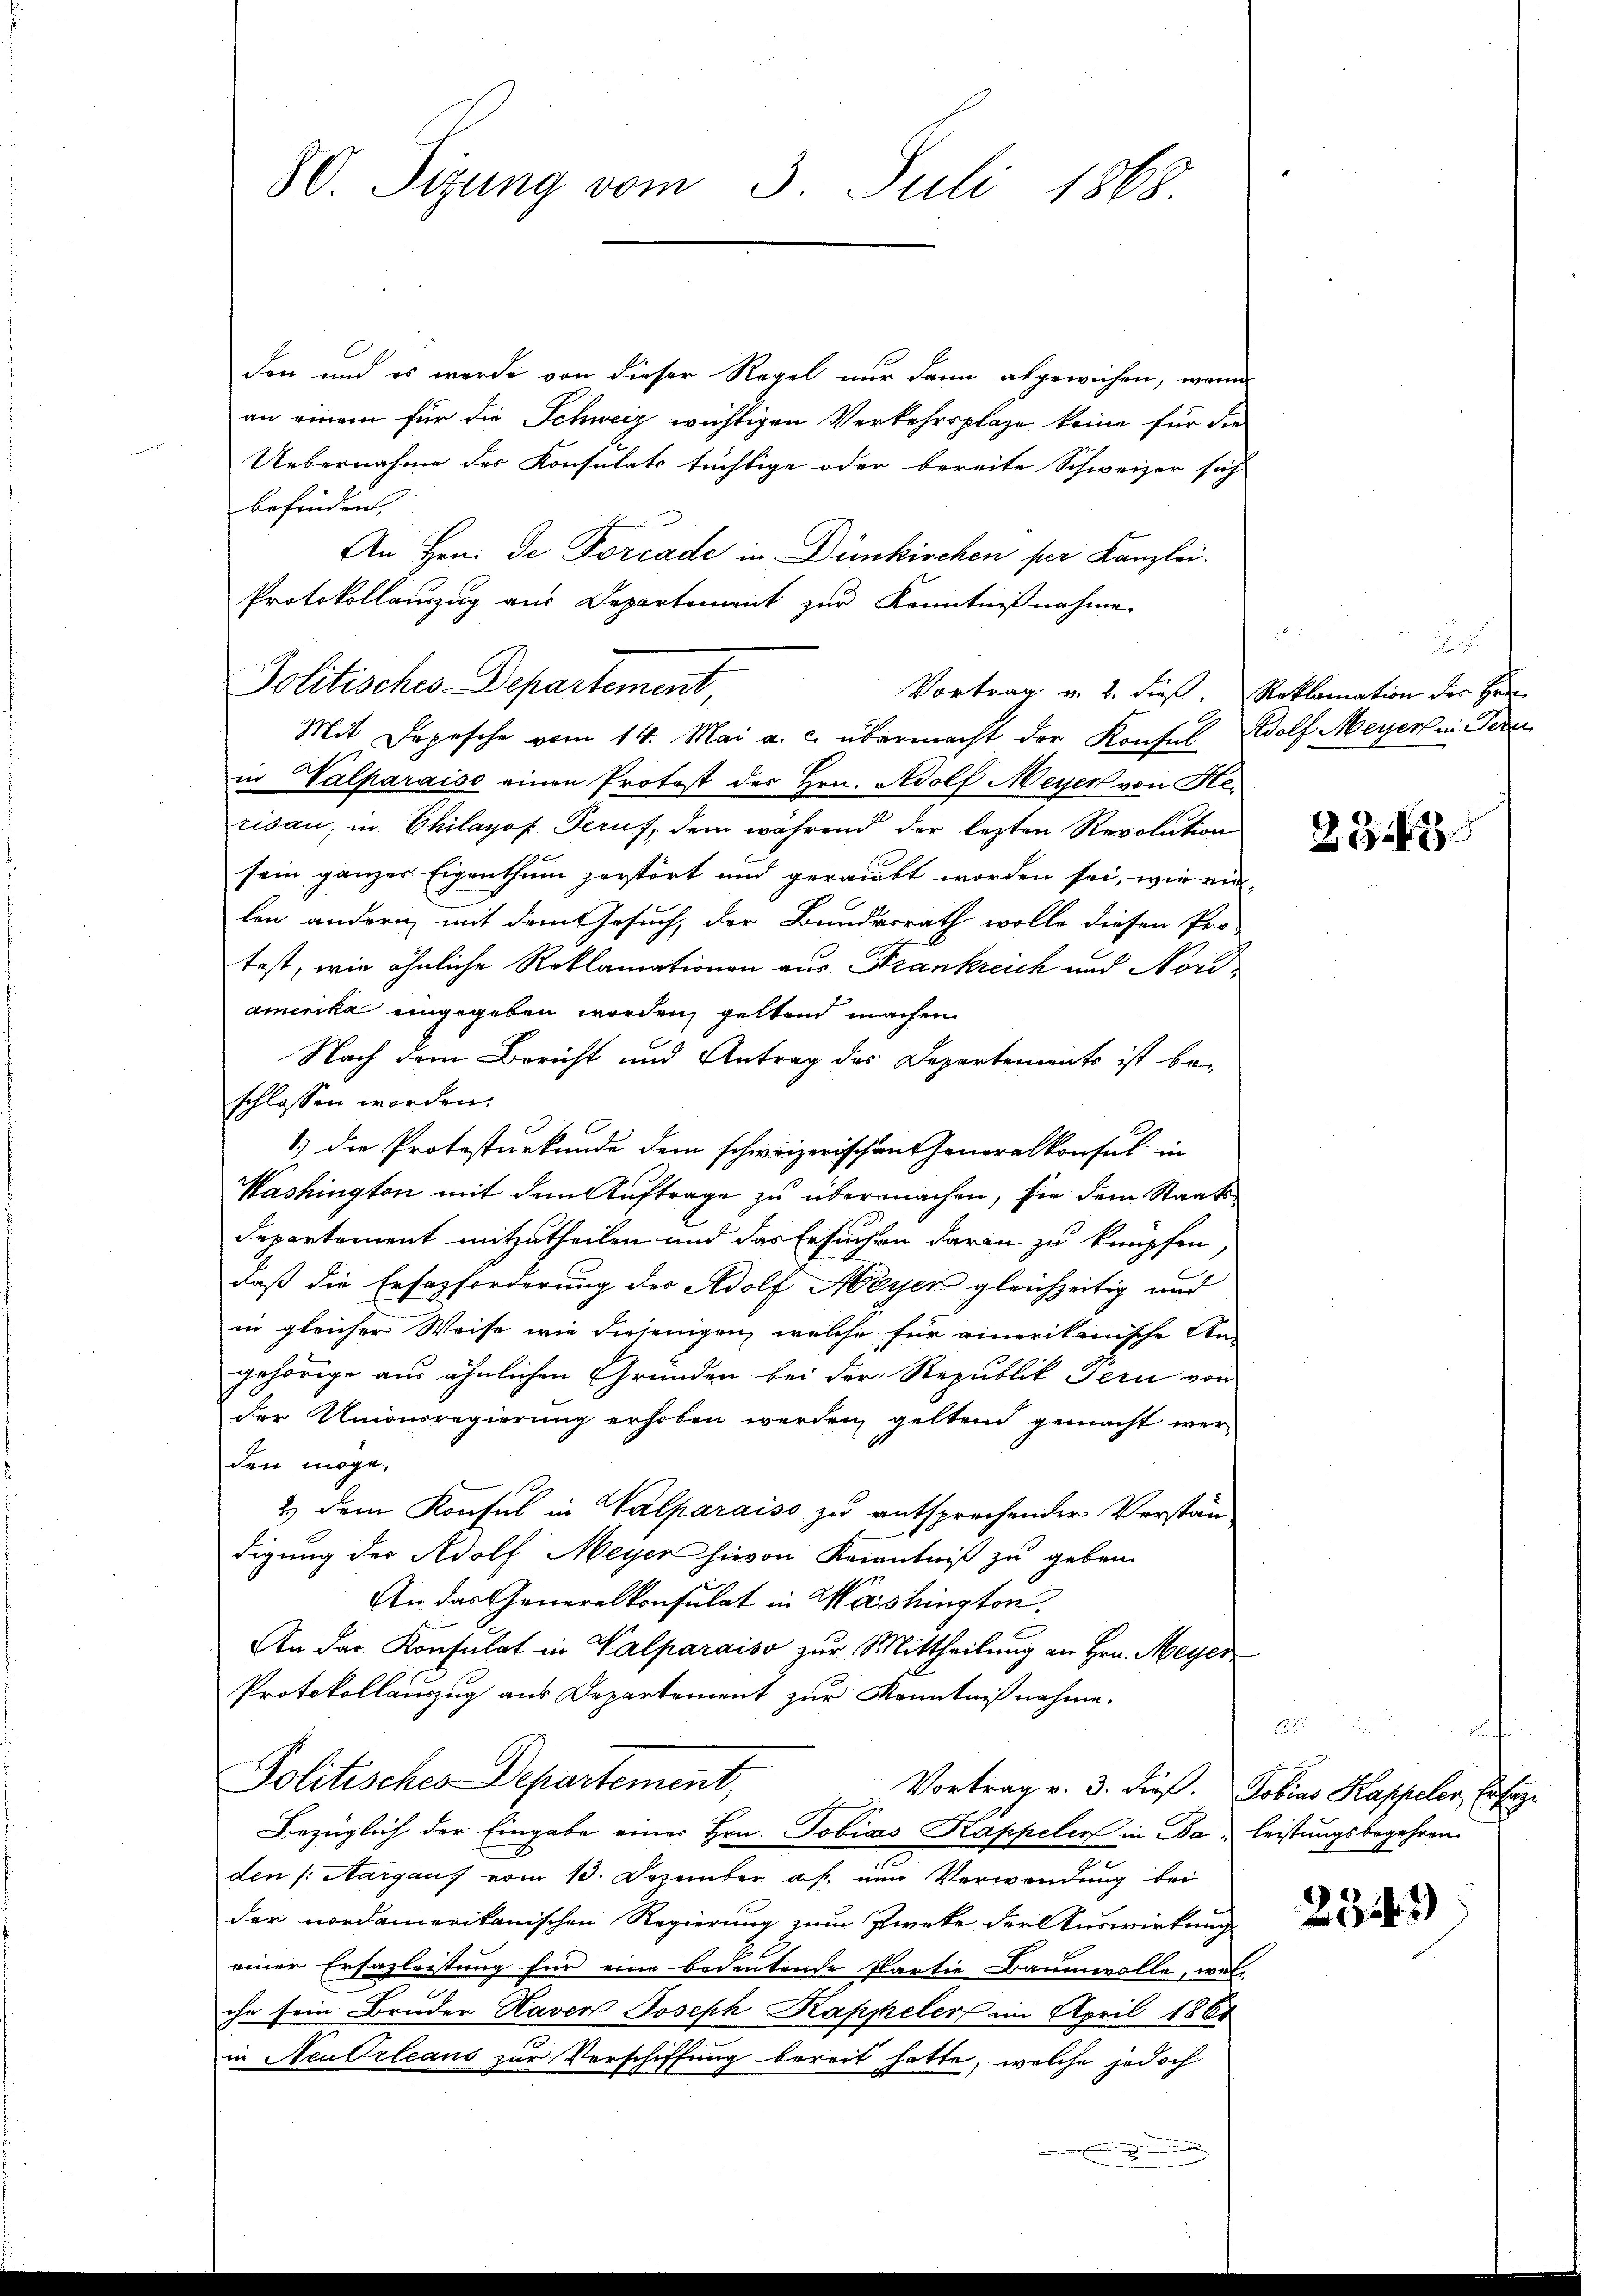
den und es wurde von dieser Regel nur dann abgewichen, wenn
an einem für die Schweiz wichtigen Verkehrsplaze keine für die
Uebernahme des Konsulats tüchtige oder bereite Schweizer sich
befinden,
An Hrn. De Forcade in Dünkischen per Kanzlei.
Protokollauszug aus Departement zur Kenntnißnahme.
Politisches Departement,
Mit Depesche vom 14. Mai a. c. übermacht der Konsul Adolf Meyer in Peren
in Valparaiso einen Protost des Hrn. Adolf Meyer von Herisau, in Chilayof Peruf, dem während der lezten Revolution
sein gänzer Eigenthum zerstört und geraubt worden sei, wie ein-
len andern mit dem Gesuch, der Bundesrath wolle diesen Pro-
test, wie ähnliche Reklamationen aus Frankreich und Nordamerika eingegeben worden, geltend machen.
Nach dem Bericht und Antrag des Departements ist be-
schlossen worden.
1.) Die Protosturkunde dem schweizerischen Generalkonsul in
Washington mit dem Auftrage zu übermachen, sie dem Staats¬
Departement mitzutheilen und das Ersuchen daran zu knüpfen
daß die Ersazforderung des Adolf Meyer gleichzeitig und
in gleicher Weise wie diejenigen, welche für einerikanische An-
gehörige aus ähnlichen Gründen bei der Republik Pern von
der Unionsregierung erhoben werden, geltend gemacht wer-
den möge,
2. dem Konsul in Valparaiso zu entsprechender Verstän-
digung des Adolf Meyer hievon Kenntniß zu geben.
An das Generalkonsulat in Washington,
An das Konsulat in Valparaiso zur Mittheilung an Hrn. Meyer
Protokollauszug aus Departement zur Kenntnißnahme.
Politisches Departement,
Vortrag v. 3. dieß. Tobias Kappeler, Er sage
Bezüglich der Eingabe eines Hrn. Tobias Kappeler in Ba- Leistungsbegehren
den (: Aargaus vom 10. Dezember as nun Verwendung bei
der nordamerikanischen Regierung zum Zweke der Auswirkung
einer Erfazleistung für eine bedeutende Partie Baumwolle, welche sein Bruder Kaver Joseph Kappeler im April 1861
in Neutrleaus zur Vorschiffung bereit hatte, welche jedoch

80. Sizung vom 3. Juli 1868.

Vortrag v. 2. dieß, Reklamation der Herrn

2

238

f

234)